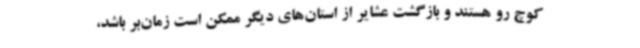
کوچ رو هستند و بازگشت عشایر از استان‌های دیگر ممکن است زمان‌بر باشد،